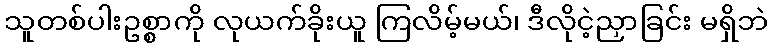
သူတစ်ပါးဥစ္စာကို လုယက်ခိုးယူ ကြလိမ့်မယ်၊ ဒီလိုငဲ့ညှာခြင်း မရှိဘဲ